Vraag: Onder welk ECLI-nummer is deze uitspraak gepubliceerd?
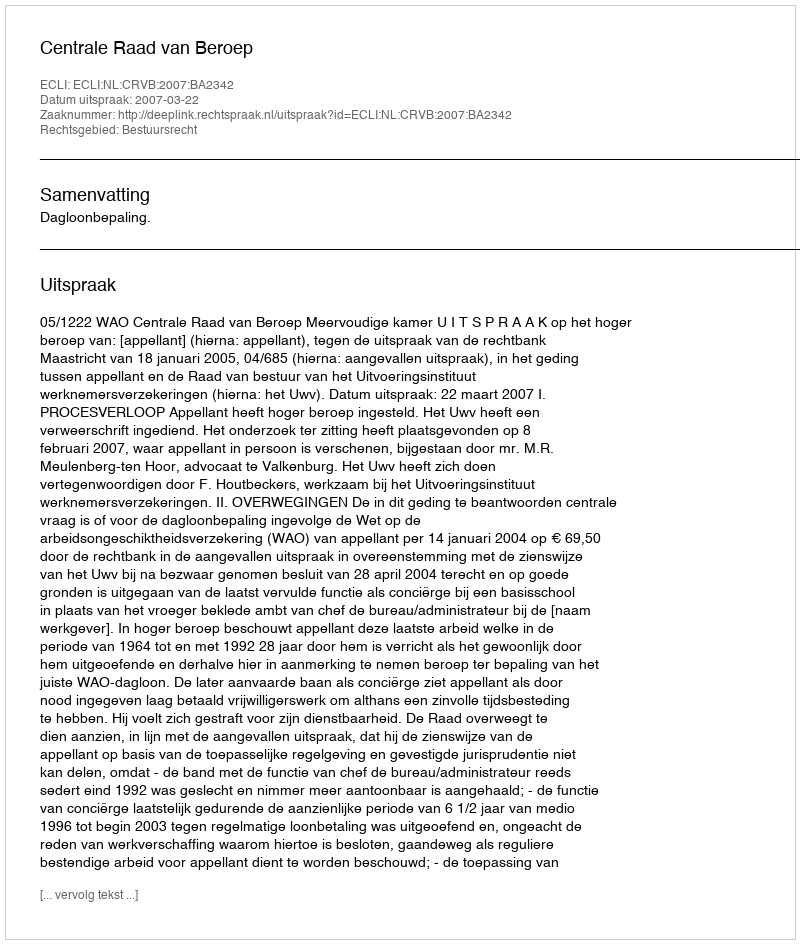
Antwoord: ECLI:NL:CRVB:2007:BA2342